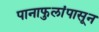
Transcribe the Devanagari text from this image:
पानाफुलांपासून